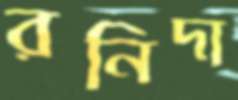
রনিদা